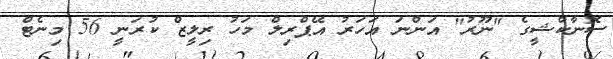
ސޮނާކްޝީގެ "ނޫރު" އަންނަ އަހަރު އޭޕްރިލް މަހު ރިލީޒް ކުރަނީ 56 މިނެޓް